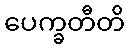
ပေက္ခတီတိ